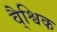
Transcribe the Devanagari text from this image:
वै्श्विक